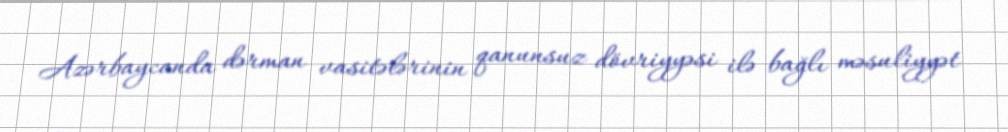
Azərbaycanda dərman vasitələrinin qanunsuz dövriyyəsi ilə bağlı məsuliyyət